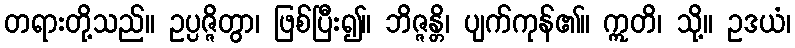
တရားတို့သည်။ ဥပ္ပဇ္ဇိတွာ၊ ဖြစ်ပြီး၍။ ဘိဇ္ဇန္တိ၊ ပျက်ကုန်၏။ ဣတိ၊ သို့။ ဥဒယံ၊